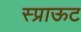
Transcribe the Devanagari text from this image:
स्प्राऊट